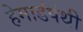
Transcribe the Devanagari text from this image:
हेमाडंपंथी